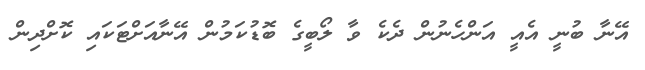
އޭނާ ބުނީ އެއީ އަންހެނުން ދެކެ ވާ ލޯބީގެ ބޮޑުކަމުން އޭނާއަށްޓަކައި ކޮށްދިން